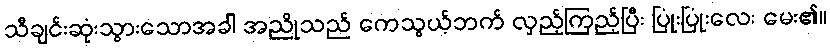
သီချင်းဆုံးသွားသောအခါ အညိုသည် ကေသွယ့်ဘက် လှည့်ကြည့်ပြီး ပြုံးပြုံးလေး မေး၏။